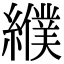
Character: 纀